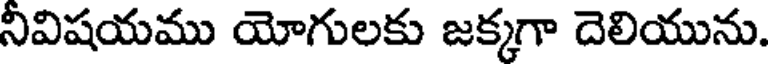
నీవిషయము యోగులకు జక్కగా దెలియును.